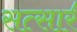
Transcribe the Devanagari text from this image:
सत्सार॔